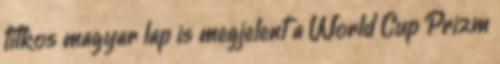
titkos magyar lap is megjelent a World Cup Prizm